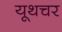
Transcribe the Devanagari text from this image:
यूथचर